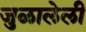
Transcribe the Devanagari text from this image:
जुळालेली